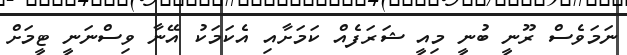
ނަމަވެސް ރޫނީ ބުނީ މިއީ ޝަރަފެއް ކަމަށާއި އެކަމަކު އޭނާ ވިސްނަނީ ޓީމަށް